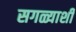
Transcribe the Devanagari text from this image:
सगळ्याशी